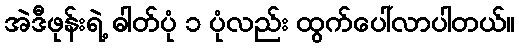
အဲဒီဖုန်းရဲ့ ဓါတ်ပုံ ၁ ပုံလည်း ထွက်ပေါ်လာပါတယ်။